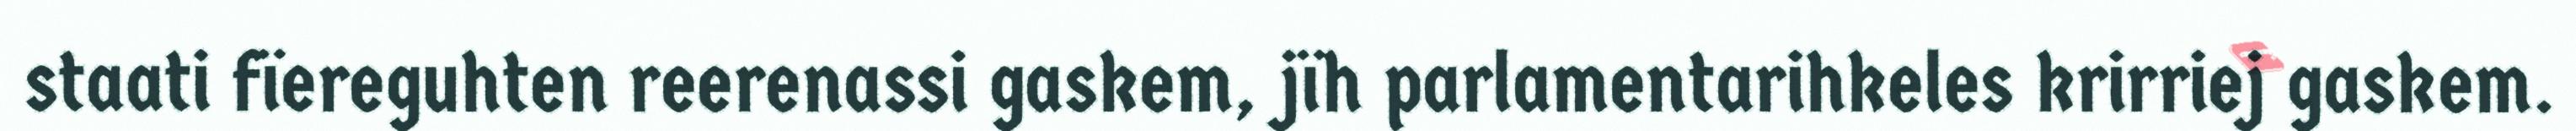
staati fïereguhten reerenassi gaskem, jïh parlamentarihkeles krirriej gaskem.